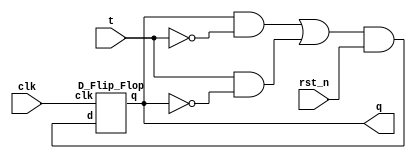
`timescale 1ns/1ps

module Toggle_Flip_Flop(clk, q, t, rst_n);
input clk;
input t;
input rst_n;
output q;

wire w1, w2, w3, w4, q_neg, t_neg;

not not0(q_neg, q);
not not1(t_neg, t);

and and0(w1, q, t_neg);
and and1(w2, t, q_neg);
or or0(w3, w1, w2);

and and2(w4, w3,rst_n);

D_Flip_Flop DFF(.clk(clk), .d(w4), .q(q));


endmodule

module D_Flip_Flop(clk, d, q);
input clk;
input d;
output q;

wire neg_clk,w;

not n0(neg_clk, clk);

D_Latch D0(neg_clk, d, w);
D_Latch D1(clk, w, q);

endmodule

module D_Latch(e, d, q);
input e;
input d;
output q;

wire neg_d, w1, w2, w3, w4, w5;

not n0(neg_d, d);

nand a0(w1, e, d);
nand a1(w2, e, neg_d);

nand o0(w3, w1, w4); 
nand o1(w4, w2, w3);

not n1(w5, w3);
not n2(q, w5);

endmodule